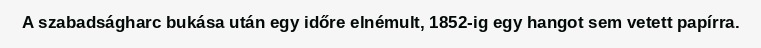
A szabadságharc bukása után egy időre elnémult, 1852-ig egy hangot sem vetett papírra.